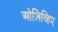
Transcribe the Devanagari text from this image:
ओलिव्हिए